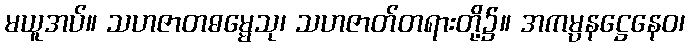
မယူအပ်။ သဟဇာတဓမ္မေသု၊ သဟဇာတ်တရားတို့၌။ အကမ္ပနဋ္ဌေနေဝ၊